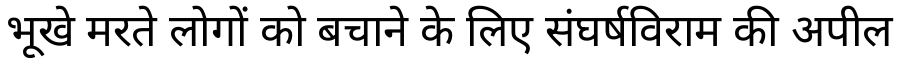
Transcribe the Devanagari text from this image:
भूखे मरते लोगों को बचाने के लिए संघर्षविराम की अपील